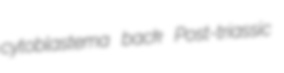
cytoblastema back Post-triassic